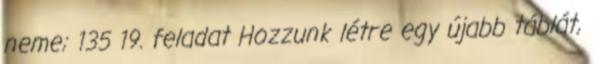
neme; 135 19. feladat Hozzunk létre egy újabb táblát,